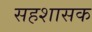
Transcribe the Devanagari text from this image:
सहशासक